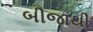
બીજાથી